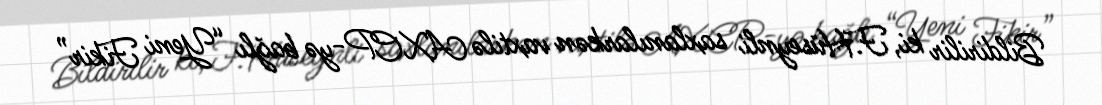
Bildirilir ki, F.Hüseynli saxlanılarkən vaxtilə AXCP-yə bağlı “Yeni Fikir”